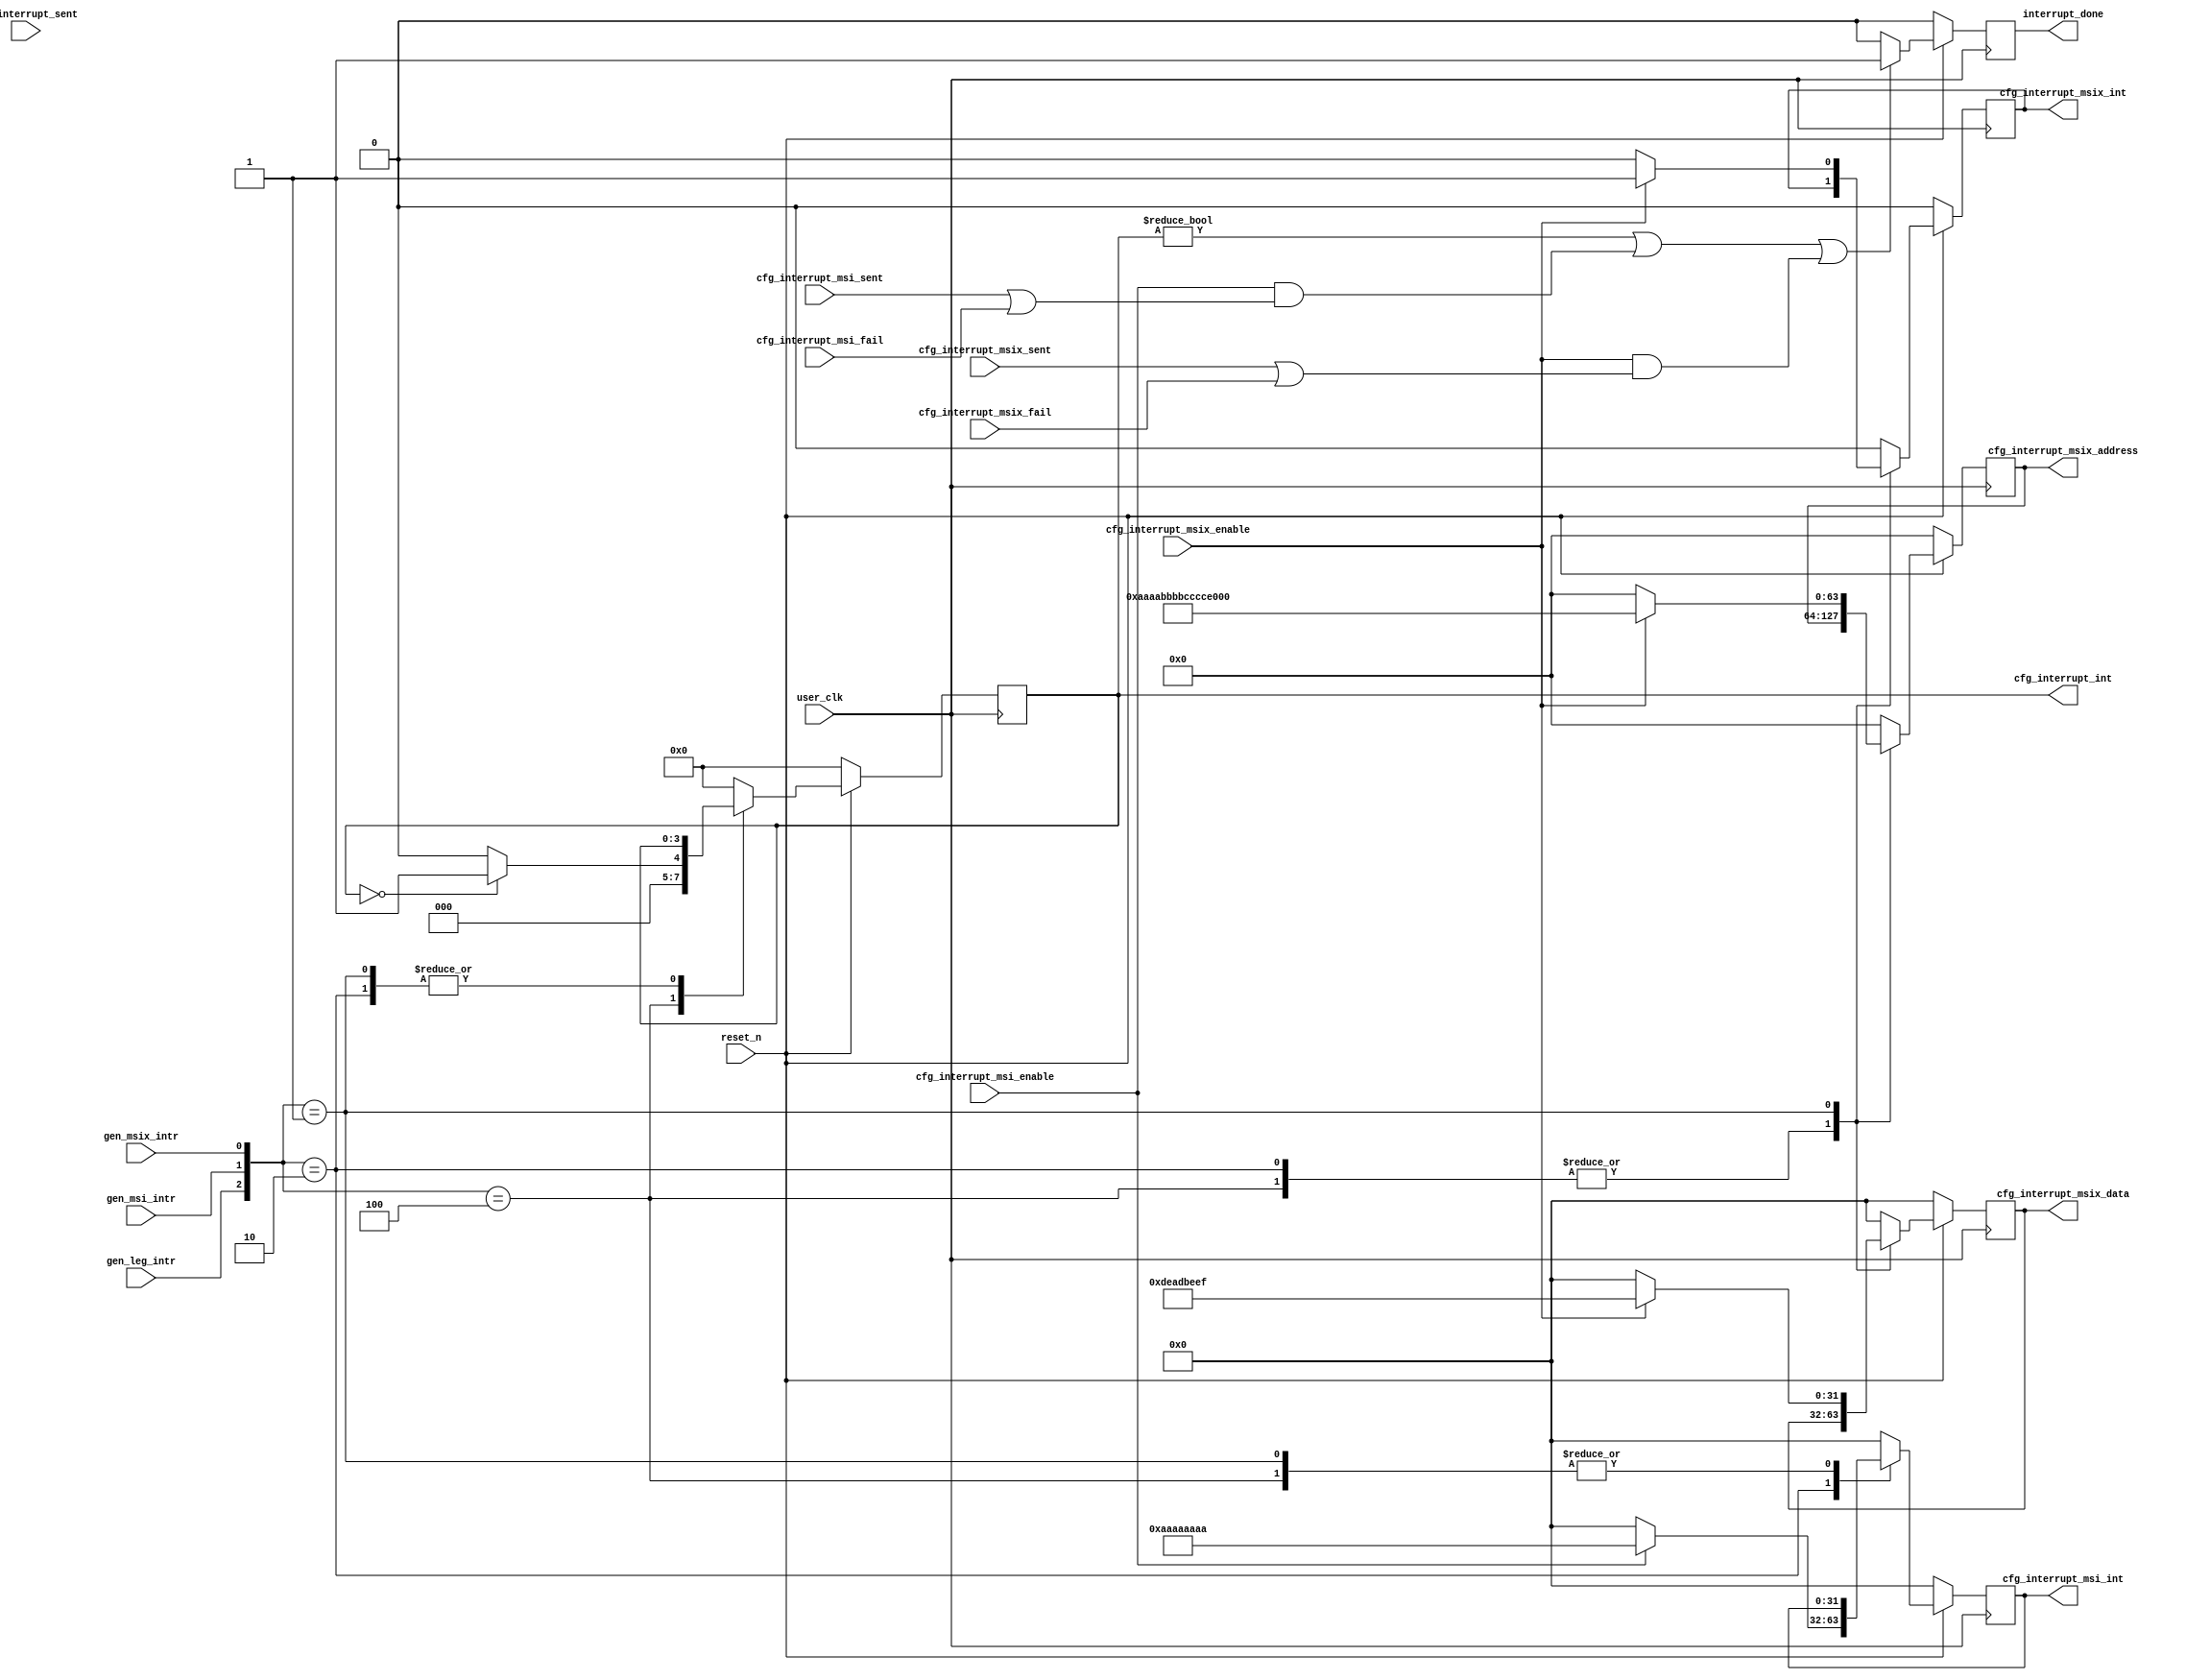
//-----------------------------------------------------------------------------
//
// (c) Copyright 2012-2012 Xilinx, Inc. All rights reserved.
//
// This file contains confidential and proprietary information
// of Xilinx, Inc. and is protected under U.S. and
// international copyright and other intellectual property
// laws.
//
// DISCLAIMER
// This disclaimer is not a license and does not grant any
// rights to the materials distributed herewith. Except as
// otherwise provided in a valid license issued to you by
// Xilinx, and to the maximum extent permitted by applicable
// law: (1) THESE MATERIALS ARE MADE AVAILABLE "AS IS" AND
// WITH ALL FAULTS, AND XILINX HEREBY DISCLAIMS ALL WARRANTIES
// AND CONDITIONS, EXPRESS, IMPLIED, OR STATUTORY, INCLUDING
// BUT NOT LIMITED TO WARRANTIES OF MERCHANTABILITY, NON-
// INFRINGEMENT, OR FITNESS FOR ANY PARTICULAR PURPOSE; and
// (2) Xilinx shall not be liable (whether in contract or tort,
// including negligence, or under any other theory of
// liability) for any loss or damage of any kind or nature
// related to, arising under or in connection with these
// materials, including for any direct, or any indirect,
// special, incidental, or consequential loss or damage
// (including loss of data, profits, goodwill, or any type of
// loss or damage suffered as a result of any action brought
// by a third party) even if such damage or loss was
// reasonably foreseeable or Xilinx had been advised of the
// possibility of the same.
//
// CRITICAL APPLICATIONS
// Xilinx products are not designed or intended to be fail-
// safe, or for use in any application requiring fail-safe
// performance, such as life-support or safety devices or
// systems, Class III medical devices, nuclear facilities,
// applications related to the deployment of airbags, or any
// other applications that could lead to death, personal
// injury, or severe property or environmental damage
// (individually and collectively, "Critical
// Applications"). Customer assumes the sole risk and
// liability of any use of Xilinx products in Critical
// Applications, subject only to applicable laws and
// regulations governing limitations on product liability.
//
// THIS COPYRIGHT NOTICE AND DISCLAIMER MUST BE RETAINED AS
// PART OF THIS FILE AT ALL TIMES.
//
//-----------------------------------------------------------------------------
//
// Project    : Virtex-7 FPGA Gen3 Integrated Block for PCI Express
// Version    : 4.1
//
// Description: Interrupt controller block to trigger the cfg_interrupt pins
//
//--------------------------------------------------------------------------------


`timescale 1ps/1ps

module PIO_INTR_CTRL#(
       parameter        TCQ = 1
)(

  input             user_clk,      // User Clock
  input             reset_n,  // User Reset

  // Trigger to generate interrupts (to / from Mem access Block)

  input             gen_leg_intr,    // Generate Legacy Interrupts
  input             gen_msi_intr,    // Generate MSI Interrupts
  input             gen_msix_intr,   // Generate MSI-X Interrupts
  output reg        interrupt_done,  // Indicates whether interrupt is done or in process

  // Legacy Interrupt Interface

  input             cfg_interrupt_sent, // Core asserts this signal when it sends out a Legacy interrupt
  output reg [3:0]  cfg_interrupt_int,  // 4 Bits for INTA, INTB, INTC, INTD (assert or deassert)

  // MSI Interrupt Interface

  input             cfg_interrupt_msi_enable,
  input             cfg_interrupt_msi_sent,
  input             cfg_interrupt_msi_fail,

  output reg [31:0] cfg_interrupt_msi_int,

  //MSI-X Interrupt Interface

  input             cfg_interrupt_msix_enable,
  input             cfg_interrupt_msix_sent,
  input             cfg_interrupt_msix_fail,

  output reg        cfg_interrupt_msix_int,
  output reg [63:0] cfg_interrupt_msix_address,
  output reg [31:0] cfg_interrupt_msix_data

  );

  always @ (posedge user_clk)
  begin
    if(!reset_n) begin

      cfg_interrupt_msi_int     <= #TCQ 32'b0;
	  cfg_interrupt_msix_int	<= #TCQ 1'b0;
      cfg_interrupt_msix_address<= #TCQ 64'b0;
	  cfg_interrupt_msix_data   <= #TCQ 32'b0;
	  cfg_interrupt_int         <= #TCQ 4'b0;
      interrupt_done            <= #TCQ 1'b0;

    end
	else begin

	  case ({gen_leg_intr, gen_msi_intr, gen_msix_intr})

	    3'b100 : begin // Generate LEgacy interrupt

	      if(cfg_interrupt_int == 4'h0) begin
	        cfg_interrupt_int <= #TCQ 4'h1;
	      end
	      else
	        cfg_interrupt_int <= #TCQ 4'h0;

	    end //  Generate LEgacy interrupt


	    3'b010 : begin // Generate MSI Interrupt

          if(cfg_interrupt_msi_enable)
	        cfg_interrupt_msi_int     <= #TCQ 32'hAAAA_AAAA;
	      else
	        cfg_interrupt_msi_int     <= #TCQ 32'b0;

	    end

	    3'b001 : begin // Generate MSI-X Interrupt

          if (cfg_interrupt_msix_enable) begin
	        cfg_interrupt_msix_int	  <= #TCQ 1'b1;
            cfg_interrupt_msix_address<= #TCQ 64'hAAAA_BBBB_CCCC_DDDD;
	        cfg_interrupt_msix_data   <= #TCQ 32'hDEAD_BEEF;
          end
	      else begin
	        cfg_interrupt_msix_int	  <= #TCQ 1'b0;
            cfg_interrupt_msix_address<= #TCQ 64'b0;
	        cfg_interrupt_msix_data   <= #TCQ 32'b0;
	      end
	    end  // Generate MSI-X Interrupt

		default : begin

          cfg_interrupt_msi_int     <= #TCQ 32'b0;
	      cfg_interrupt_msix_int	<= #TCQ 1'b0;
          cfg_interrupt_msix_address<= #TCQ 64'b0;
	      cfg_interrupt_msix_data   <= #TCQ 32'b0;
	      cfg_interrupt_int         <= #TCQ 4'b0;

        end

	  endcase

	  if((cfg_interrupt_int != 4'h0) ||
		 ((cfg_interrupt_msi_enable) && (cfg_interrupt_msi_sent || cfg_interrupt_msi_fail)) ||
		 ((cfg_interrupt_msix_enable) && (cfg_interrupt_msix_sent || cfg_interrupt_msix_fail)))

	    interrupt_done <= #TCQ 1'b1;
	  else
		interrupt_done <= #TCQ 1'b0;

    end // end of resetelse block
  end

endmodule